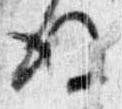
後